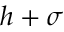
h + \sigma